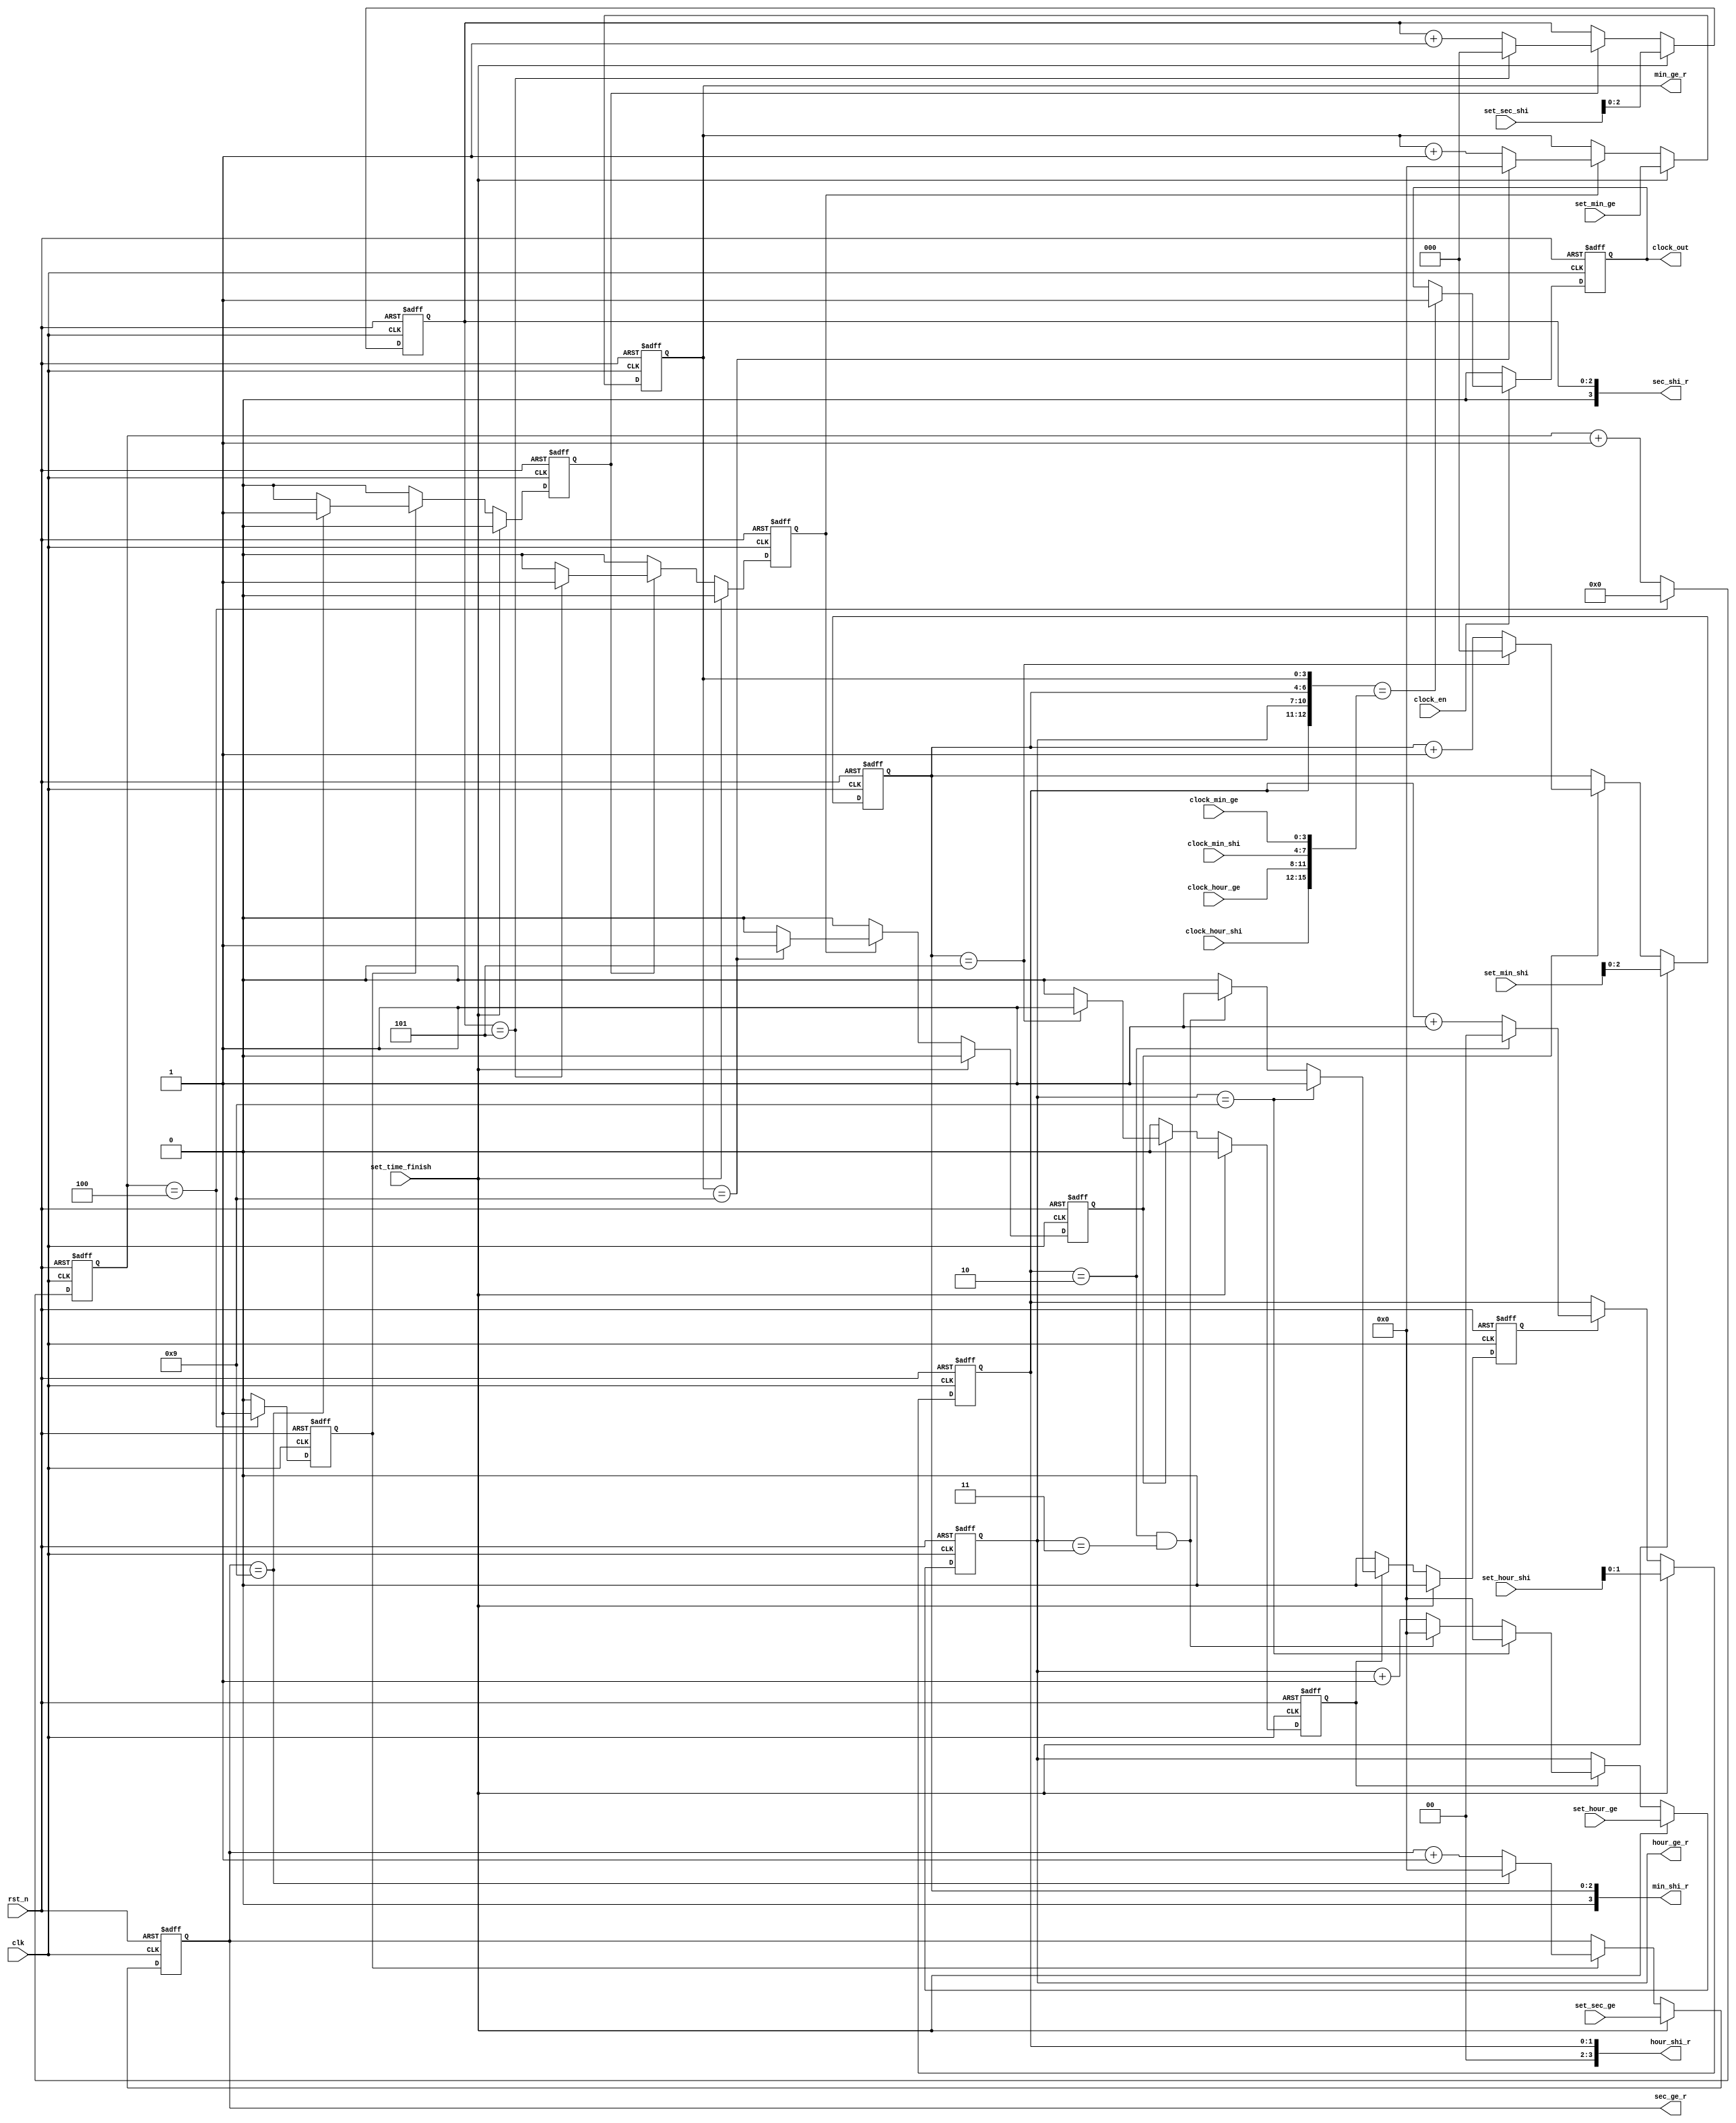
module time_control(
	input	clk,
	input	rst_n,

	input	set_time_finish,		//
	input 	[3:0]	set_sec_ge,
	input 	[3:0]	set_sec_shi, 
	input 	[3:0]	set_min_ge,  
	input 	[3:0]	set_min_shi,	
	input 	[3:0]	set_hour_ge,
	input 	[3:0]	set_hour_shi,
	
	input	clock_en,				//10
	input 	[3:0]	clock_min_ge,
	input 	[3:0]	clock_min_shi,
	input 	[3:0]	clock_hour_ge,
	input 	[3:0]	clock_hour_shi,
	output	reg	clock_out,

	output	[3:0]	sec_ge_r,
	output	[3:0]	sec_shi_r,
	output	[3:0]	min_ge_r,
	output	[3:0]	min_shi_r,
	output	[3:0]	hour_ge_r,
	output	[3:0]	hour_shi_r
);

//=====================================//
//---------1ms-------//
reg		[15:0]	cnt_1ms;	//1ms
reg 	flag_1ms;			//ms
always @(posedge clk or negedge rst_n) begin
	if(!rst_n)	begin
		cnt_1ms <= 0;
		flag_1ms <= 0;
	end
	else if(cnt_1ms == 16'd4)	begin
		cnt_1ms <= 0;
		flag_1ms <= 1;
	end
	else	begin
		cnt_1ms <= cnt_1ms + 1;
		flag_1ms <= 0;
	end
end
//--------1s--------//
reg		[11:0]	cnt_1s;		//1s
reg		flag_1s;			//s
always @(posedge clk or negedge rst_n) begin
	if(!rst_n)	begin
		cnt_1s <= 0;
		flag_1s <= 0;
	end
	else if(flag_1ms)	begin
		if(cnt_1s == 12'd4)	begin
			cnt_1s <= 0;
			flag_1s <= 1;
		end
		else	begin
			cnt_1s <= cnt_1s + 1;
			flag_1s <= 0;
		end
	end
	else	begin
		cnt_1s <= cnt_1s;
		flag_1s <= 0;
	end
end
//============================================//

//=====================================//
//-----------------//
reg		[3:0]	sec_ge;
reg		flag_sec_ge;		//
reg		[2:0]	sec_shi;
reg		flag_sec_shi;		//

always @(posedge clk or negedge rst_n) begin
	if(!rst_n)	begin
		sec_ge <= 0;
		flag_sec_ge <= 0;
	end
	else if(set_time_finish)	begin
		sec_ge <= set_sec_ge;
		flag_sec_ge <= 0;
	end
	else if(flag_1ms)	begin
		if(sec_ge == 4'd9)	begin
			sec_ge <= 0;
			flag_sec_ge <= 1;
		end
		else	begin
			sec_ge <= sec_ge + 1;
			flag_sec_ge <= 0;
		end
	end
	else	begin
		sec_ge <= sec_ge;
		flag_sec_ge <= 0;
	end
end
always @(posedge clk or negedge rst_n) begin
	if(!rst_n)	begin
		sec_shi <= 0;
		flag_sec_shi <= 0;
	end
	else if(set_time_finish)	begin
		sec_shi <= set_sec_shi;
		flag_sec_shi <= 0;
	end		
	else if(flag_sec_ge)	begin
		if(sec_shi == 3'd5)begin
			sec_shi <= 0;
			flag_sec_shi <= 1;
		end
		else	begin
			sec_shi <= sec_shi + 1;
			flag_sec_shi <= 0;
		end
	end
	else	begin
		sec_shi <= sec_shi;
		flag_sec_shi <= 0;
	end
end

//-----------------//
reg		[3:0]	min_ge;
reg		flag_min_ge;		//
reg		[2:0]	min_shi;
reg		flag_min_shi;		//

always @(posedge clk or negedge rst_n) begin
	if(!rst_n)	begin
		min_ge <= 0;
		flag_min_ge <= 0;
	end
	else if(set_time_finish)	begin
		min_ge <= set_min_ge;
		flag_min_ge <= 0;
	end	
	else if(flag_sec_shi)	begin
		if(min_ge == 4'd9)	begin
			min_ge <= 0;
			flag_min_ge <= 1;
		end
		else	begin
			min_ge <= min_ge + 1;
			flag_min_ge <= 0;
		end
	end
	else	begin
		min_ge <= min_ge;
		flag_min_ge <= 0;
	end
end
always @(posedge clk or negedge rst_n) begin
	if(!rst_n)	begin
		min_shi <= 0;
		flag_min_shi <= 0;
	end
	else if(set_time_finish)	begin
		min_shi <= set_min_shi;
		flag_min_shi <= 0;
	end
	else if(flag_min_ge)	begin
		if(min_shi == 3'd5)	begin
			min_shi <= 0;
			flag_min_shi <= 1;
		end
		else	begin
			min_shi <= min_shi + 1;
			flag_min_shi <= 0;
		end
	end
	else	begin
		min_shi <= min_shi;
		flag_min_shi <= 0;
	end
end

//-----------------//
reg		[3:0]	hour_ge;
reg		flag_hour_ge;
reg		[1:0]	hour_shi;
reg		flag_hour_shi;

always @(posedge clk or negedge rst_n) begin
	if(!rst_n)	begin
		hour_ge <= 0;
		flag_hour_ge <= 0;
	end
	else if(set_time_finish)	begin
		hour_ge <= set_hour_ge;
		flag_hour_ge <= 0;
	end	
	else if(flag_min_shi)	begin
		if(hour_ge == 4'd9)	begin
			hour_ge <= 0;
			flag_hour_ge <= 1;
		end
		else if((hour_shi == 3'd2) && (hour_ge == 4'd3))	begin
			hour_ge <= 0;
			flag_hour_ge <= 1;
		end
		else	begin
			hour_ge <= hour_ge + 1;
			flag_hour_ge <= 0;
		end
	end
	else	begin
		hour_ge <= hour_ge;
		flag_hour_ge <= 0;
	end
end
always @(posedge clk or negedge rst_n) begin
	if(!rst_n)	begin
		hour_shi <= 0;
		flag_hour_shi <= 0;
	end
	else if(set_time_finish)	begin
		hour_shi <= set_hour_shi;
		flag_hour_shi <= 0;
	end		
	else if(flag_hour_ge)	begin
		if(hour_shi == 3'd2)	begin
			hour_shi <= 0;
			flag_hour_shi <= 1;
		end
		else	begin
			hour_shi <= hour_shi + 1;
			flag_hour_shi <= 0;
		end
	end
	else	begin
		hour_shi <= hour_shi;
		flag_hour_shi <= 0;
	end
end
//============================================//

assign	sec_ge_r = sec_ge;
assign	sec_shi_r = sec_shi;
assign	min_ge_r = min_ge;
assign	min_shi_r = min_shi;
assign	hour_ge_r = hour_ge;
assign	hour_shi_r = hour_shi;

//====================================//
always @(posedge clk or negedge rst_n) begin
	if(!rst_n)	begin
		clock_out <= 0;
	end
	else if(!clock_en)	begin
		clock_out <= 0;
	end
	else if({hour_shi,hour_ge,min_shi,min_ge} == {clock_hour_shi,clock_hour_ge,clock_min_shi,clock_min_ge})	begin
		clock_out <= 1;
	end
	else	begin
		clock_out <= clock_out;
	end
end
//============================================//



endmodule